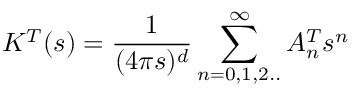
K ^ { T } ( s ) = { \frac { 1 } { ( 4 \pi s ) ^ { d } } } \sum _ { n = 0 , 1 , 2 . . } ^ { \infty } A _ { n } ^ { T } s ^ { n }